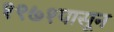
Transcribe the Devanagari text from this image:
१९७१पासून